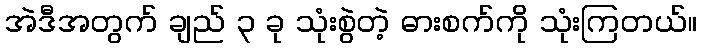
အဲဒီအတွက် ချည် ၃ ခု သုံးစွဲတဲ့ ဓားစက်ကို သုံးကြတယ်။